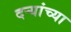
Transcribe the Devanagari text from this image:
दऱ्यांच्या